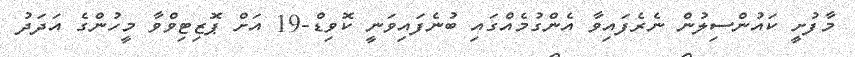
މާފުށީ ކައުންސިލުން ނެރެފައިވާ އެންގުމެއްގައި ބުނެފައިވަނީ ކޮވިޑް-19 އަށް ޕޮޒިޓިވްވާ މީހުންގެ އަދަދު